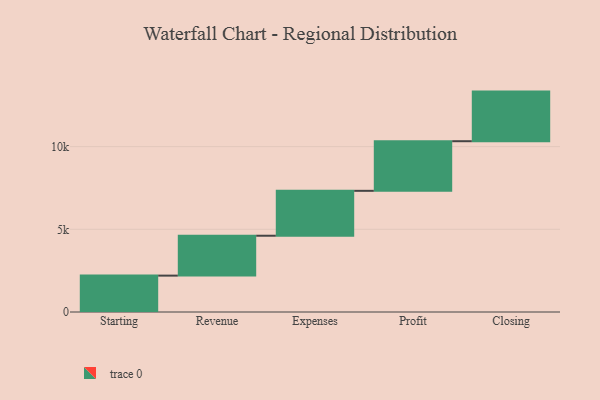
{"axis": {"x": "Step", "y": "Value"}, "legend": [""], "data": [{"x": "Starting", "y": 2200.0, "type": ""}, {"x": "Revenue", "y": 2412.0, "type": ""}, {"x": "Expenses", "y": 2715.0, "type": ""}, {"x": "Profit", "y": 3000, "type": ""}, {"x": "Closing", "y": 3000, "type": ""}]}